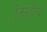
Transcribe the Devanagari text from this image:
तिन्हीचे